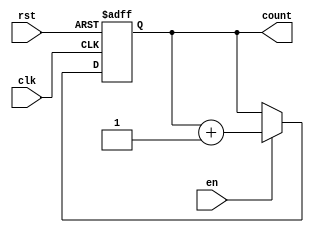
module binary_up_counter (
    input wire clk,      // Clock input
    input wire rst,      // Asynchronous reset
    input wire en,       // Enable signal
    output reg [N-1:0] count // Counter value output (N bits)
);
    parameter N = 3; // Define the number of bits for the counter (3 bits for this example)

    // Asynchronous reset and counting logic
    always @(posedge clk or posedge rst) begin
        if (rst) begin
            count <= 0; // Reset counter to 0
        end else if (en) begin
            count <= count + 1; // Increment counter
        end
    end
endmodule